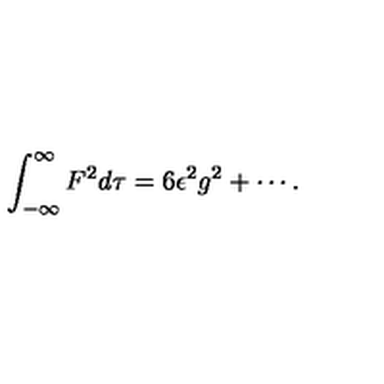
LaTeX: \int _ { - \infty } ^ { \infty } F ^ { 2 } d \tau = 6 \epsilon ^ { 2 } g ^ { 2 } + \cdots .